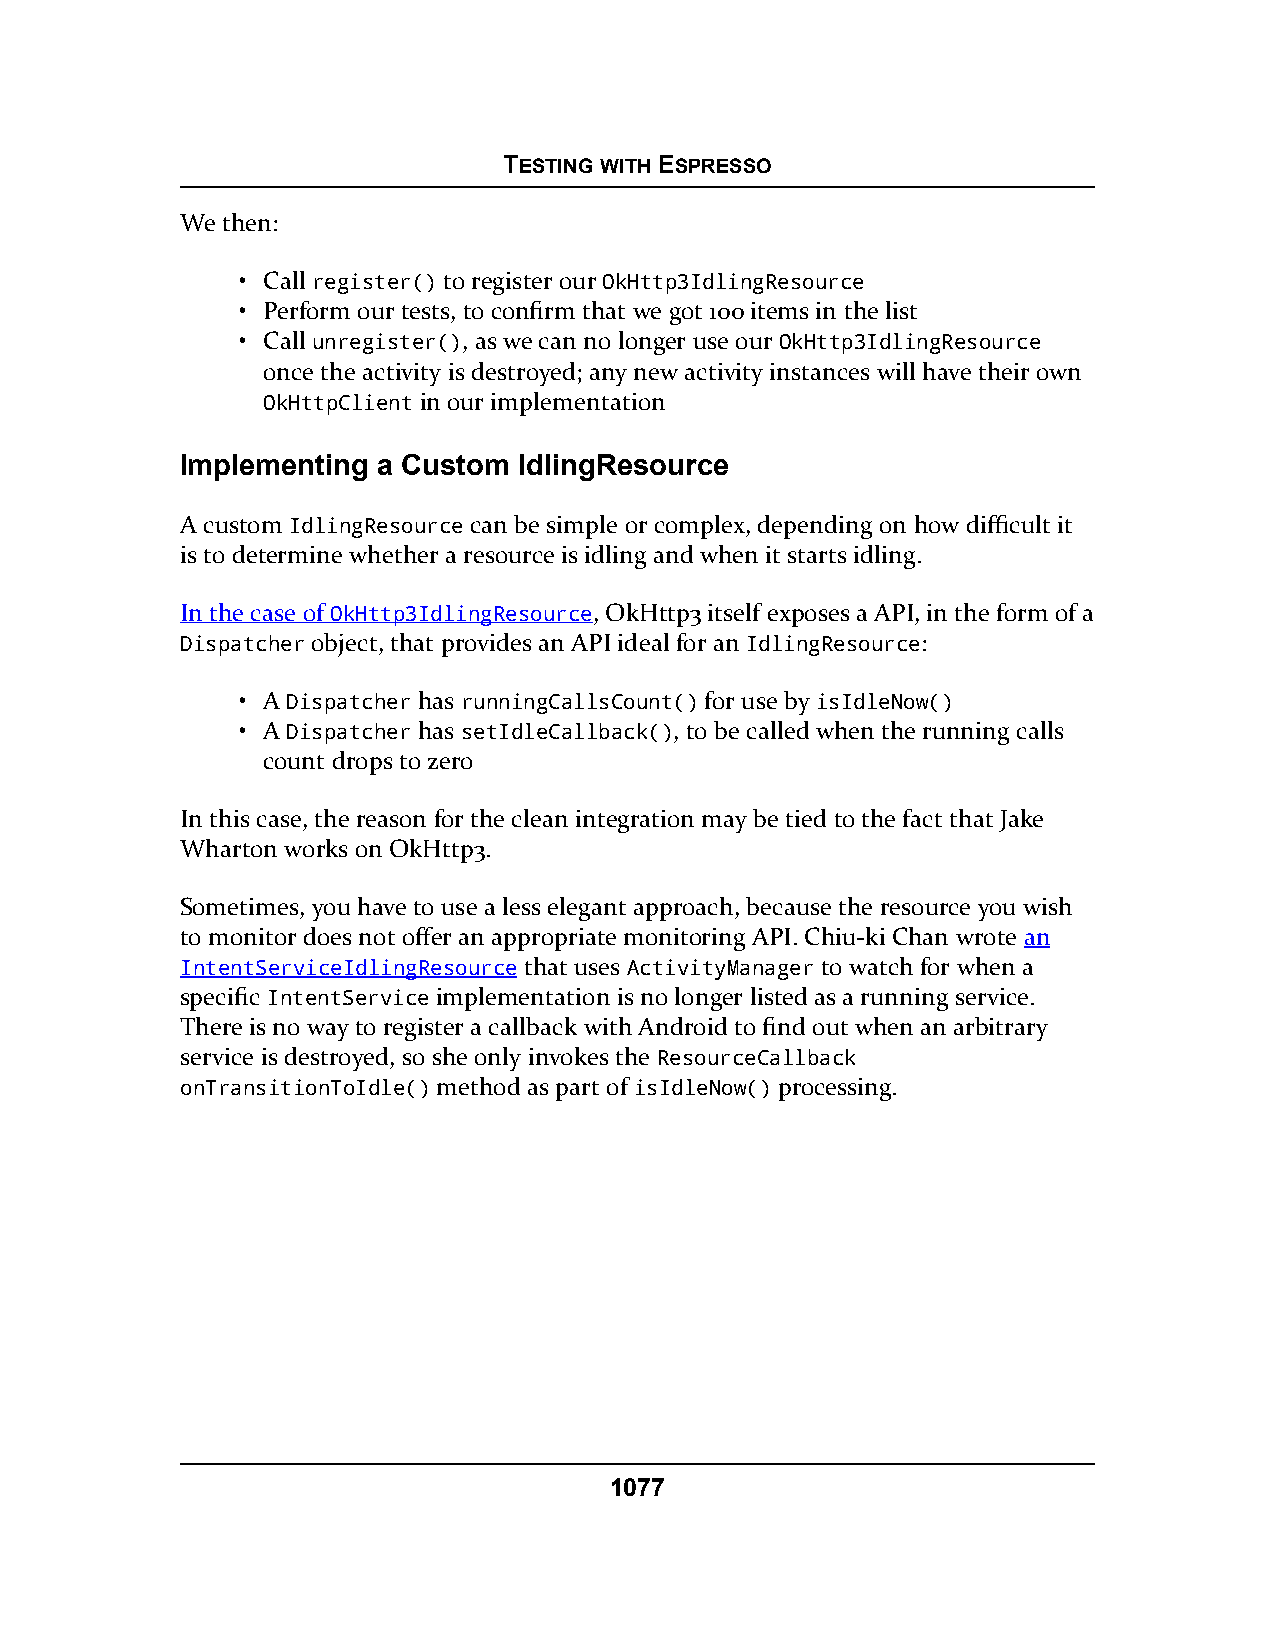
TESTING WITH ESPRESSO
 We then:
 • Call register() to register our OkHttp3IdlingResource
 • Perform our tests, to confirm that we got 100 items in the list
 • Call unregister(), as we can no longer use our OkHttp3IdlingResource
 once the activity is destroyed; any new activity instances will have their own
 OkHttpClient in our implementation
 Implementing a Custom IdlingResource
 A custom IdlingResource can be simple or complex, depending on how difficult it
 is to determine whether a resource is idling and when it starts idling.
 In the case of OkHttp3IdlingResource, OkHttp3 itself exposes a API, in the form of a
 Dispatcher object, that provides an API ideal for an IdlingResource:
 • A Dispatcher has runningCallsCount() for use by isIdleNow()
 • A Dispatcher has setIdleCallback(), to be called when the running calls
 count drops to zero
 In this case, the reason for the clean integration may be tied to the fact that Jake
 Wharton works on OkHttp3.
 Sometimes, you have to use a less elegant approach, because the resource you wish
 to monitor does not offer an appropriate monitoring API. Chiu-ki Chan wrote an
 IntentServiceIdlingResource that uses ActivityManager to watch for when a
 specific IntentService implementation is no longer listed as a running service.
 There is no way to register a callback with Android to find out when an arbitrary
 service is destroyed, so she only invokes the ResourceCallback
 onTransitionToIdle() method as part of isIdleNow() processing.
 1077